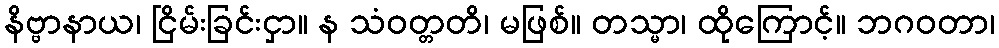
နိဗ္ဗာနာယ၊ ငြိမ်းခြင်းငှာ။ န သံဝတ္တတိ၊ မဖြစ်။ တသ္မာ၊ ထိုကြောင့်။ ဘဂဝတာ၊